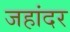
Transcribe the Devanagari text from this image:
जहांदर